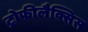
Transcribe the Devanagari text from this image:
ट्रोफीलैक्सिस